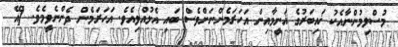
މުސްލިމުންނާއެކު ޚައިބަރުގެ ޣަނީމާއިން އަހަރަމެންނަށްވެސް ބައި އެޅުއްވިއެވެ. އަހަރަމެން ދެންނެވީމެވެ. [އޭ